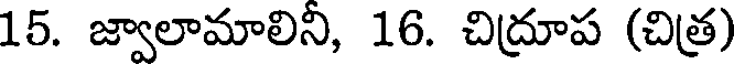
15. జ్వాలామాలిని, 16. చిద్రూప (చిత్ర)